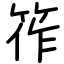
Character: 筰